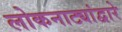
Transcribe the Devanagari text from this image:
लोकनाट्यांद्वारे